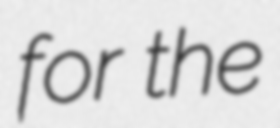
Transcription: for the